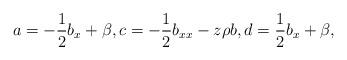
LaTeX: \begin{align*} a = -\frac{1}{2}b_{x} + \beta, c = -\frac{1}{2}b_{xx}-z\rho b, d = \frac{1}{2}b_{x} + \beta, \end{align*}